system: You are a helpful assistant.
user:
Analyze the provided spectrum to determine if it is a **M-type Giant (gM)**.

A M-type Giant spectrum is defined by its **strong molecular absorption** features, particularly from **Titanium Oxide (TiO)**. You must check for one of the following mutually exclusive signatures:

- **Key Visual Indicators (Absorption-Dominated Spectrum):**

    - **(Primary):** The spectrum is dominated by strong molecular absorption from **Titanium Oxide (TiO)**. This is the **defining feature** of its M-type temperature class.
        - **(Key Bandheads):** Look for sharp, "saw-tooth" absorption valleys. The strongest are located near **~7050 Å**, **~6160 Å**, and **~5170 Å**.
        - **(Line Profile):** The "saw-tooth" morphology is critical: a **sharp, steep drop on the BLUE (short-wavelength) side** of the bandhead, followed by a gradual recovery (rising flux) towards the RED (long-wavelength) side.

    - **(Key Confirmation - Giant vs. Dwarf):** **ABSENCE** of strong **Calcium Hydride (CaH)** molecular bands. This is the primary diagnostic for *excluding* M-dwarfs.
        - **(Key Region):** The spectrum should lack the strong, broad absorption band seen in dwarfs between **~6800 Å and ~7000 Å**.

    - **(Secondary Confirmation - Giant):** A very strong and broad **Neutral Calcium (Ca I)** atomic absorption line.
        - **(Key Line):** Located at **~4226 Å**. In a giant (gM), this line is significantly deeper and broader than the same line in an M-dwarf (dM) due to low surface gravity.

    - **(Overall Spectrum):**
        - The continuum is **extremely red-sloping** (i.e., flux is very low in the blue and rises dramatically towards the red).
        - The entire spectrum appears "chopped up" by the deep TiO bands.

Think first, call **spectral_visualization_tool** if needed to examine features in detail, then provide your final answer. Your response must adhere to the following strict rules:
1.  **Overall Structure:** Your response must follow the format `<think>...</think> <tool_call>...</tool_call> (if a tool is used) <answer>...</answer>`.
2.  **Tool Usage Constraint:** You may only make **one** tool call per turn.
3.  **Final Answer Format:** In the `<answer>` tag, your conclusion must be inside a `\boxed{}` command (e.g., `\boxed{YES}` or `\boxed{NO}`), followed by your justification.

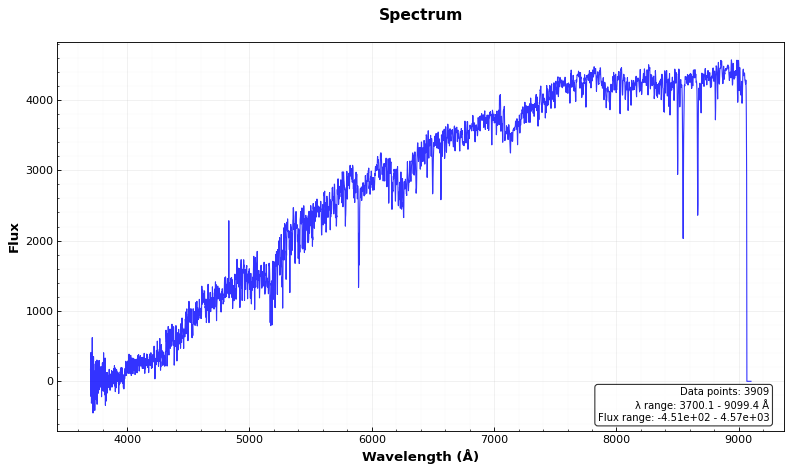
Answer: NO